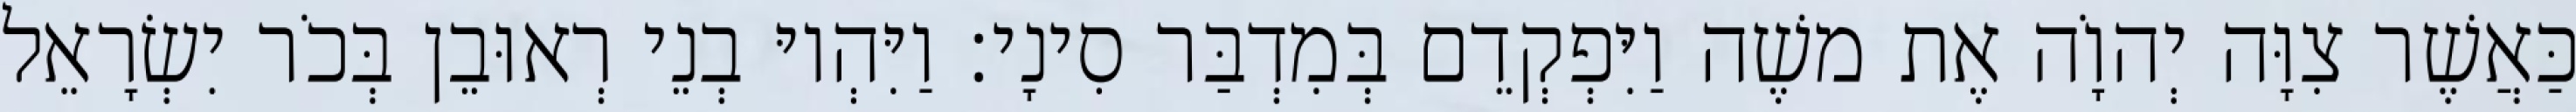
כַּאֲשֶׁר צִוָּה יְהוָֹה אֶת משֶׁה וַיִּפְקְדֵם בְּמִדְבַּר סִינָי׃ וַיִּהְיוּ בְנֵי רְאוּבֵן בְּכֹר יִשְׂרָאֵל